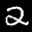
Label: 2